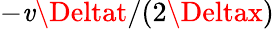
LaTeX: -\mathit{v}\Deltat/(2\Deltax)